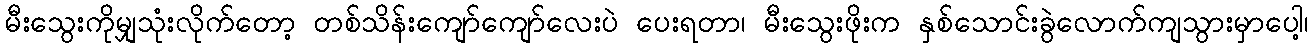
မီးသွေးကိုမျှသုံးလိုက်တော့ တစ်သိန်းကျော်ကျော်လေးပဲ ပေးရတာ၊ မီးသွေးဖိုးက နှစ်သောင်းခွဲလောက်ကျသွားမှာပေါ့၊